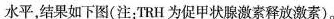
水平，结果如下图(注：TRH为促甲状腺激素释放激素)。